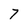
Character: 7